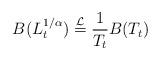
LaTeX: \begin{align*}B(L^{1/\alpha}_t) \overset{\mathcal{L}}{=} \frac{1}{T_t} B(T_t)\end{align*}